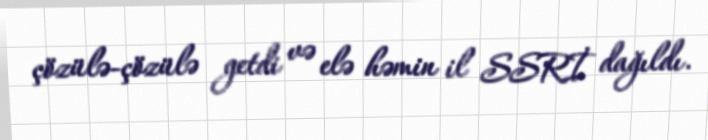
çözülə-çözülə getdi və elə həmin il SSRİ dağıldı.